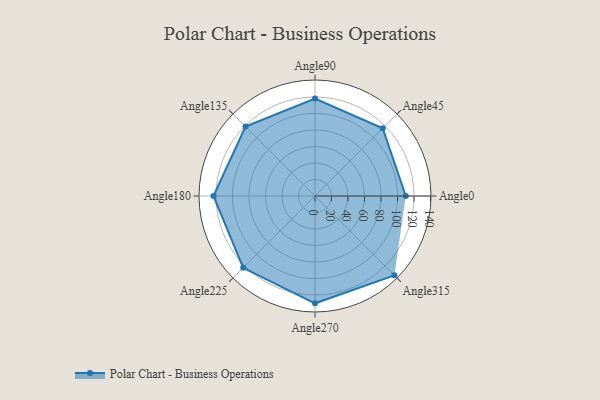
{"axis": {"x": "Angle", "y": "Radius"}, "legend": [""], "data": [{"x": "Angle0", "y": 110.0, "type": ""}, {"x": "Angle45", "y": 116.0, "type": ""}, {"x": "Angle90", "y": 118.0, "type": ""}, {"x": "Angle135", "y": 119.0, "type": ""}, {"x": "Angle180", "y": 123.0, "type": ""}, {"x": "Angle225", "y": 123.0, "type": ""}, {"x": "Angle270", "y": 130.0, "type": ""}, {"x": "Angle315", "y": 136.0, "type": ""}]}